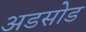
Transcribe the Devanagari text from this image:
अडसोड